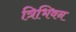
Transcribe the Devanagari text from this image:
त्रिभिवन